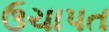
ઉચાપત